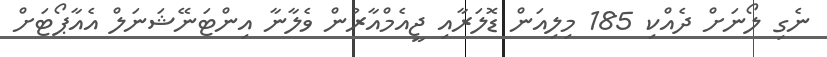
ނެގި ލޯނަށް ދެއްކި 185 މިލިއަން ޑޮލަރާއި ޖީއެމްއާރުން ވެލާނާ އިންޓަނޭޝަނަލް އެއާޕޯޓަށް